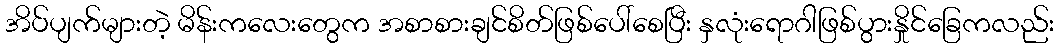
အိပ်ပျက်များတဲ့ မိန်းကလေးတွေက အစာစားချင်စိတ်ဖြစ်ပေါ်စေပြီး နှလုံးရောဂါဖြစ်ပွားနှိုင်ခြေကလည်း